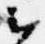
云